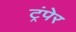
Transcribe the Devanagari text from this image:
ट्रंपेर